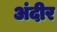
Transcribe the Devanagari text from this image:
अंदीर